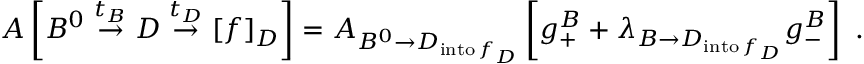
A \left[ B ^ { 0 } \stackrel { t _ { B } } { \rightarrow } D \stackrel { t _ { D } } { \rightarrow } [ f ] _ { D } \right] = A _ { B ^ { 0 } \rightarrow D _ { \mathrm { i n t o \, } f _ { D } } } \left[ g _ { + } ^ { B } + \lambda _ { B \rightarrow D _ { \mathrm { i n t o \, } f _ { D } } } g _ { - } ^ { B } \right] \ .